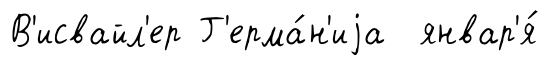
В'исвайл'ер Г'ерма́н'иjа январ'я́